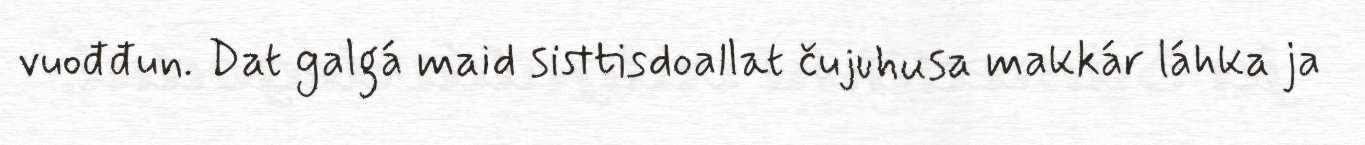
vuođđun. Dat galgá maid sisttisdoallat čujuhusa makkár láhka ja